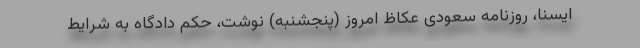
ایسنا، روزنامه سعودی عکاظ امروز (پنجشنبه) نوشت، حکم ‌دادگاه به شرایط